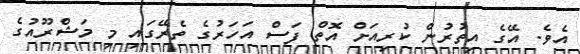
އެވެ. އޭގެ އިތުރުން ކުރިއަށް އޮތް ފަސް އަހަރުގެ ތެރޭގައި މި މަޝްރޫއުގެ